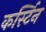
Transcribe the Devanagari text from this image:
कर्स्टिन